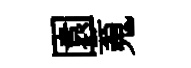
園䰟